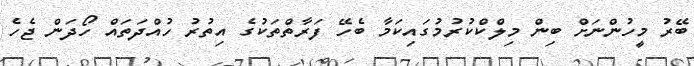
ބޭރު މީހުންނަށް ބިން މިލްކްކުރުމުގައިކަމާ ބެހޭ ފަރާތްތަކުގެ އިތުރު ހުއްދަތައް ހޯދަން ޖެހެ